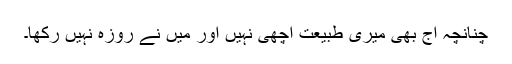
چنانچہ آج بھی میری طبیعت اچھی نہیں اور مَیں نے روزہ نہیں رکھا۔